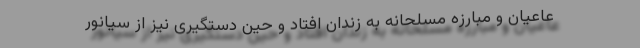
عاعیان و مبارزه مسلحانه به زندان افتاد و حین دستگیری نیز از سیانور